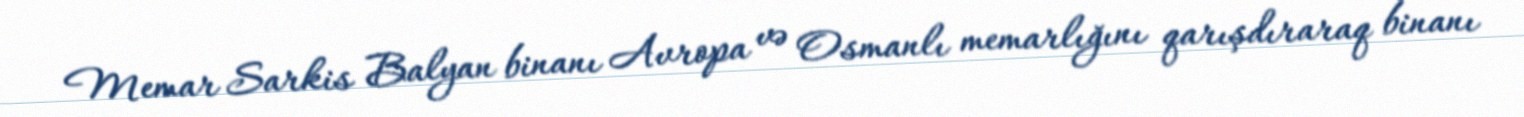
Memar Sarkis Balyan binanı Avropa və Osmanlı memarlığını qarışdıraraq binanı